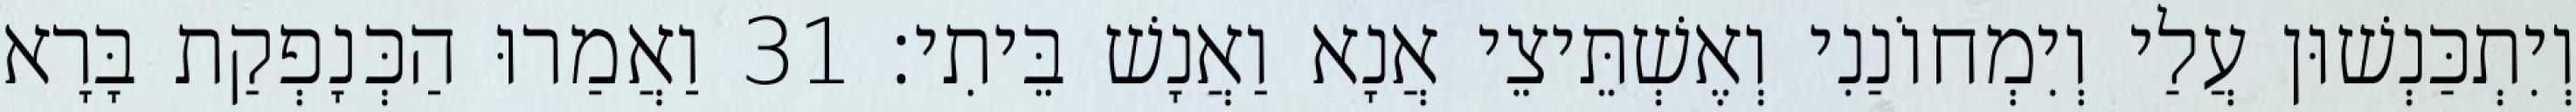
וְיִתְכַּנְשׁוּן עֲלַי וְיִמְחוֹנַנִי וְאֶשְׁתֵּיצֵי אֲנָא וַאֲנָשׁ בֵּיתִי׃ 31 וַאֲמַרוּ הַכְּנָפְקַת בָּרָא